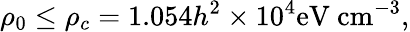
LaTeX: \rho_{0}\leq\rho_{c}=1.054h^{2}\times 10^{4}\mathrm{eV~cm}^{-3},